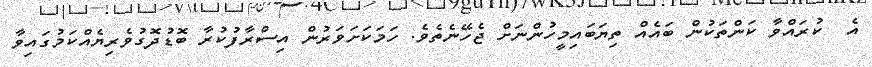
އެ  ކުރައްވާ ކަންތަކުން ބައެއް ތިޔަބައިމީހުންނަށް ޖެހޭނެތެވެ. ހަމަކަށަވަރުން އިސްރާފުކުރާ ބޮޑުދޮގުވެރިޔެއްކަމުގައިވާ